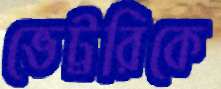
ভেট্টরিকে